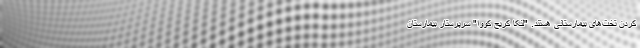
کردن تخت‌های بیمارستانی هستند. "لنکا کریج کووا" سرپرستار بیمارستان